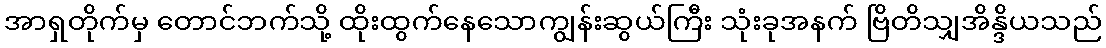
အာရှတိုက်မှ တောင်ဘက်သို့ ထိုးထွက်နေသောကျွန်းဆွယ်ကြီး သုံးခုအနက် ဗြိတိသျှအိန္ဒိယသည်